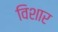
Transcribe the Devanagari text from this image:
विशार